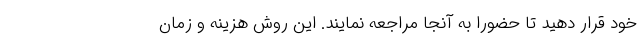
خود قرار دهید تا حضورا به آنجا مراجعه نمایند. این روش هزینه و زمان